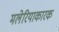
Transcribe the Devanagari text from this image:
मलेरियाकारक